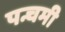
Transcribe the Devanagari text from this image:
पन्चमी